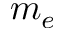
m _ { e }